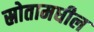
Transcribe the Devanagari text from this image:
स्रोतामधील